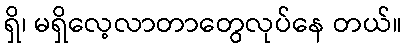
ရှိ၊ မရှိလေ့လာတာတွေလုပ်နေ တယ်။